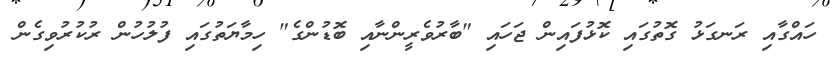
ހައްގާއި ރަނގަޅު ގޮތުގައި ކޮޅުފައިން ޖަހައި "ބާރުވެރީންނާއި ބޮޑުންގެ" ހިމާޔަތުގައި ފުލުހުން ރުކުރުވިގެން